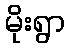
မိုးရွာ